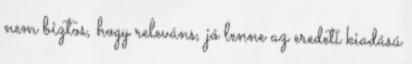
nem biztos, hogy releváns, jó lenne az eredeti kiadású